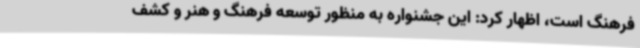
فرهنگ است، اظهار کرد: این جشنواره به منظور توسعه فرهنگ و هنر و کشف